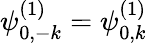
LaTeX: \psi_{0,-k}^{(1)}=\psi_{0,k}^{(1)}